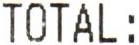
TOTAL :